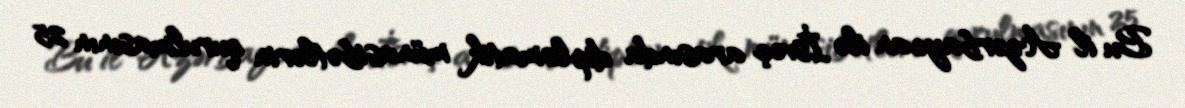
Bu il Azərbaycan ilə İsveç arasında diplomatik münasibətlərin qurulmasının 25